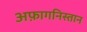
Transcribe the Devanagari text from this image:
अफ़ागनिस्तान